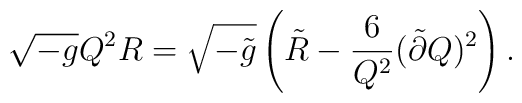
\sqrt{-g} Q^2 R = \sqrt{-\tilde g} \left( \tilde R -\frac{6}{Q^2}(\tilde\partial Q)^2 \right) .